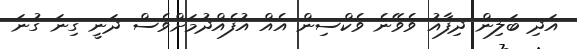
އަދި ބަލިން ދިފާއު ވެވޭނެ ވެކްސިން އެއް އުފެއްދުމަށްވެސް ދަނީ ގިނަ ގުނަ